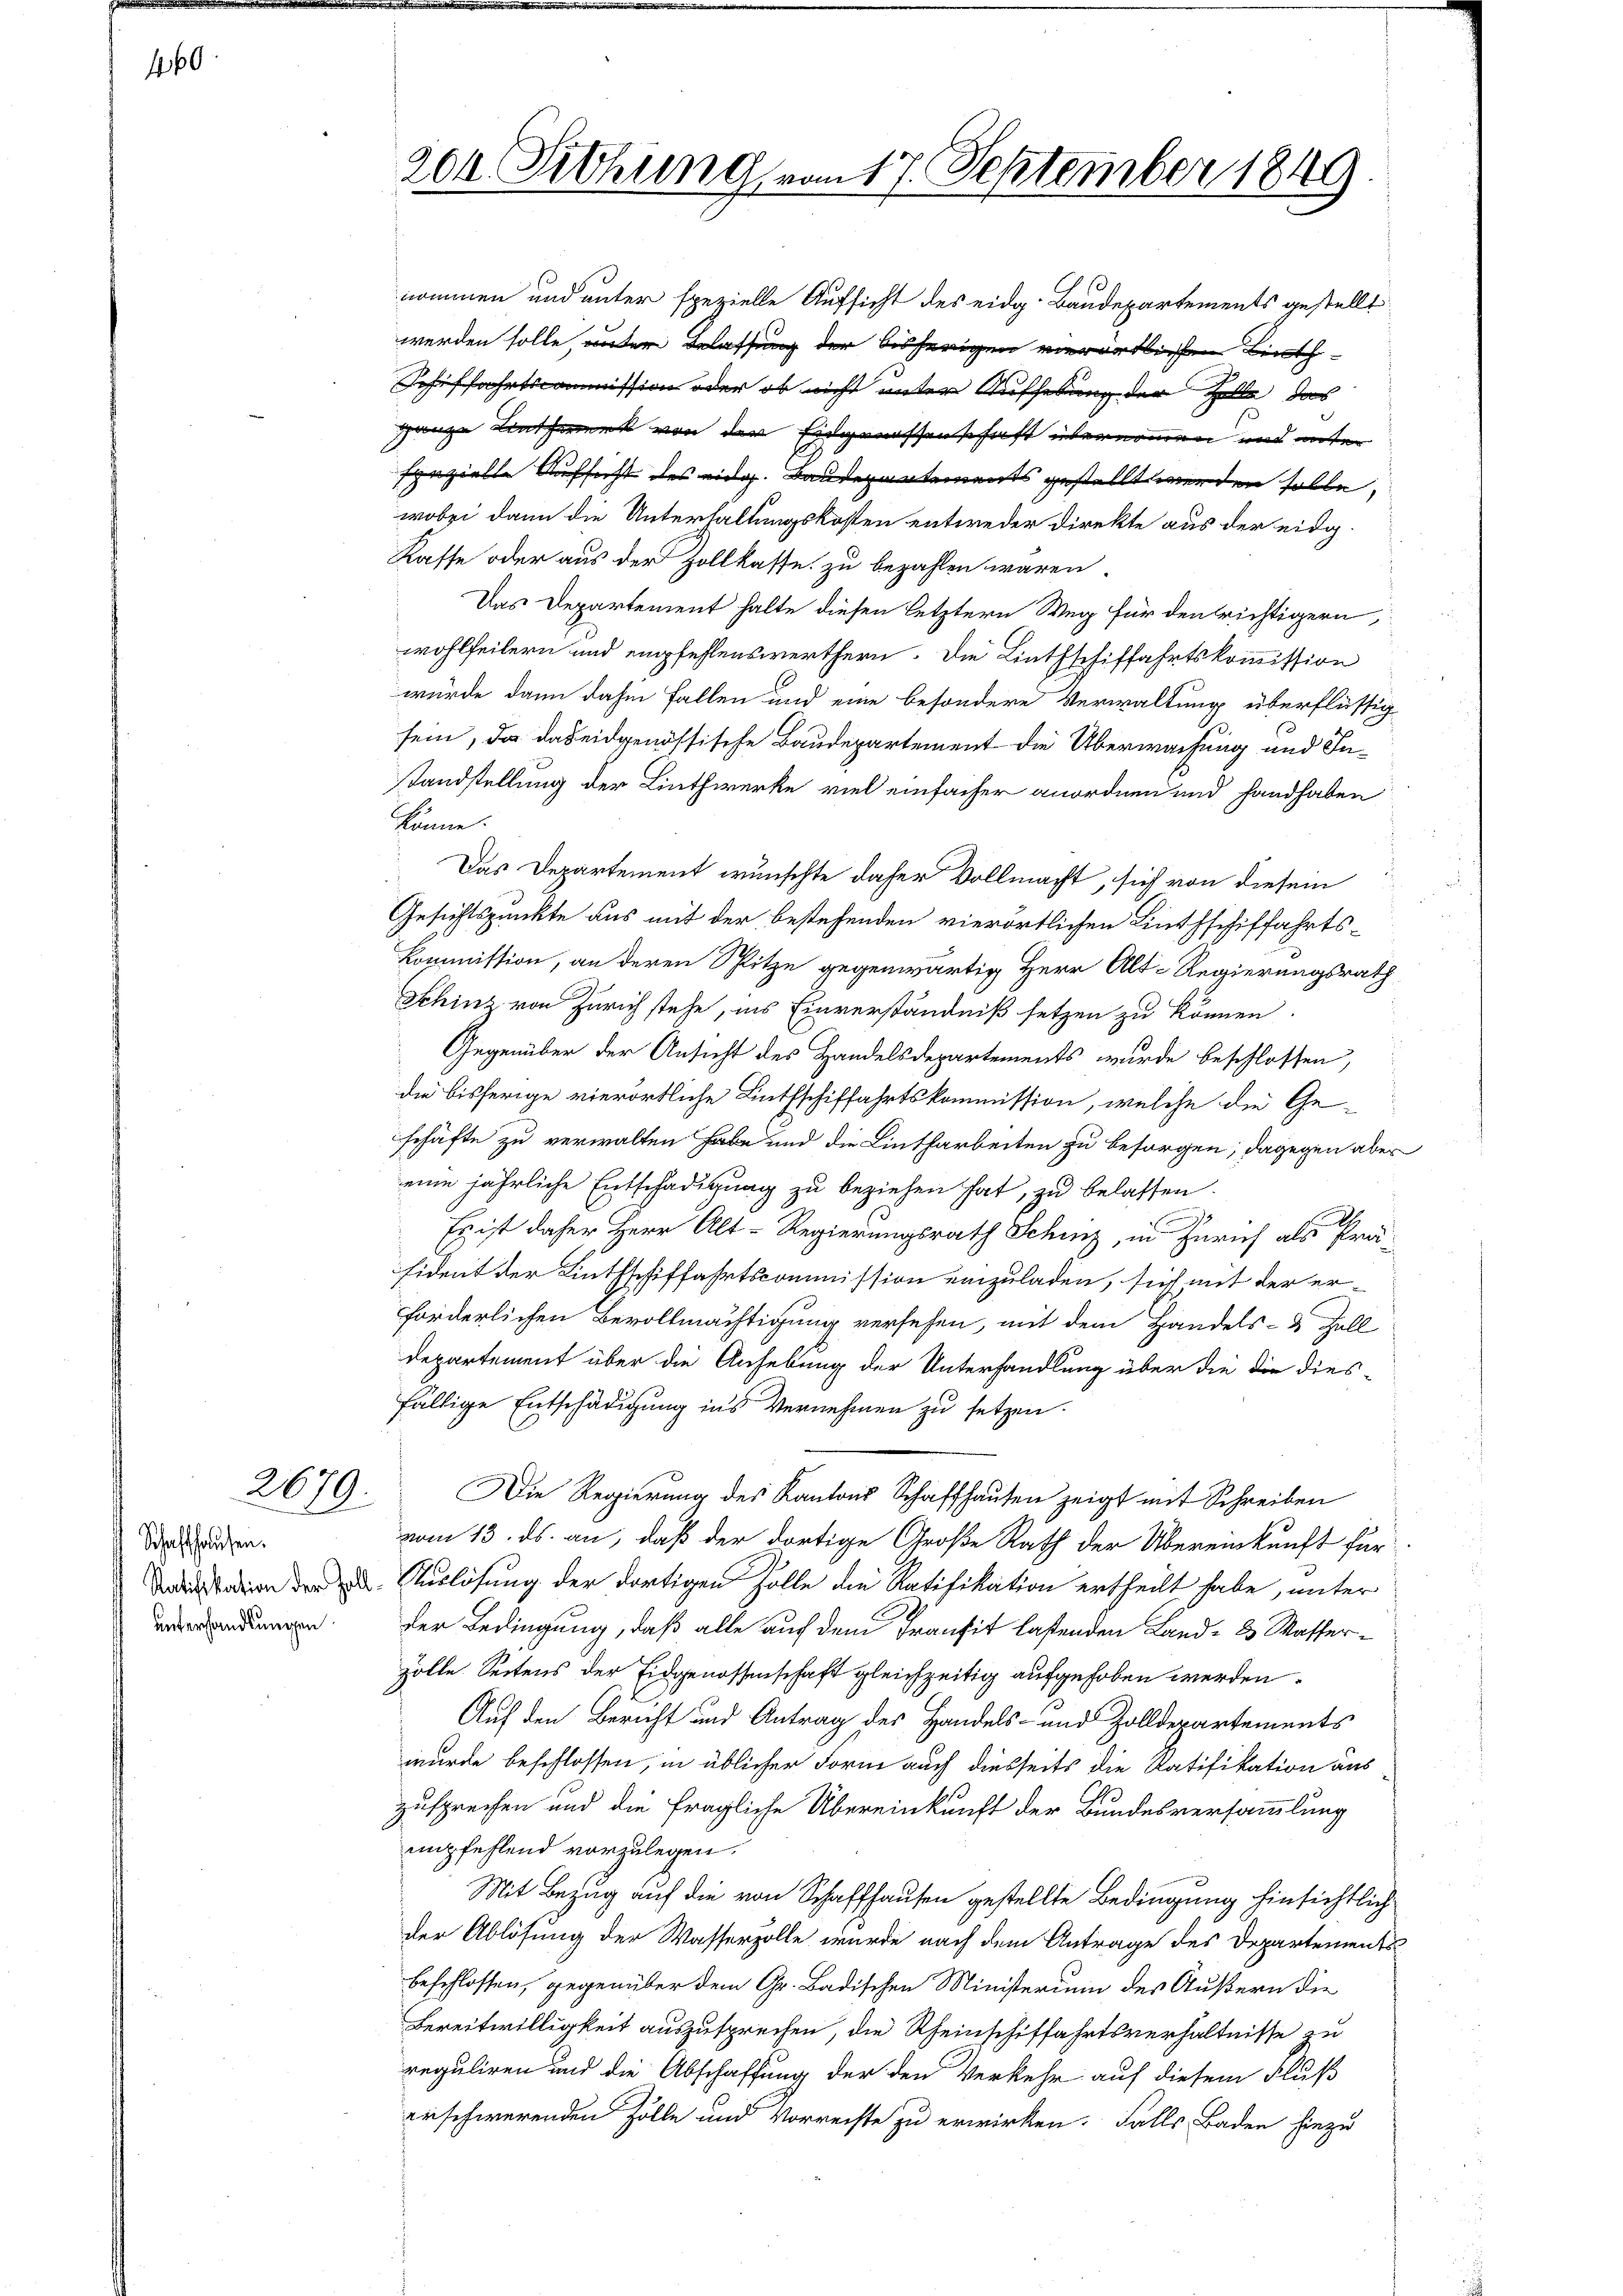
160

2679.

Schaffhausen.
unterhandlungen

204 Drohung vom 17. September 1849

nommen und unter spezielle Aufsicht des eidg. Baudepartements gestellt
werden solle, unter Belassung der bisherigen verörtlichen Linth
Schiffahrtscommission oder ob nicht unter Aufhebung der Zelle das
ganze Antwerk von der Eidgenossenschaft übernommen und unter
spezielte Aufsicht des eidg. Baudepartements gestellt werden solle,
wobei dann die Unterhaltungskosten entweder Direkte aus der eidg.
Kasse oder aus der Zollkasse zu bezahlen wären.
Das Departement halte diesen letztern Weg für den richtigern,
wohlfeilern und empfehlenswerthern. Die Linthschiffahrtskommission
würde dann dahin Fallen und eine besondere Verwaltung überflüssig
sein, da das eidgenössische Baudepartement die Überwachung und Instandstellung der Linthwerke viel einfacher anordnen und fandhaben
könne.
Das Departement wünschte daher Vollmacht, sich von diesem
Gesichtspunkte aus mit der bestehenden vierörtlichen Linthschiffahrts-
Kommission, an deren Spitze gegenwärtig Herr Alt-Regierungsrath
Schinz von Zürich stehe, ins Einverständniß setzen zu können.
Gegenüber der Ansicht des Handelsdepartements wurde beschlossen,
die bisherige vierörtliche Linthschiffahrtskommission, welche die Geschäfte zu verwalten habe und die Lintharbeiten zu besorgen; dagegen aber
eine jährliche Entschädigung zu beziehen hat, zu belassen.

Es ist daher Herr Alt-Regierungsrath Schinz, in Zürich als Präsident der Linthschiffahrtscommission einzuladen, sich mit der erforderlichen Bevollmächtigung versehen, mit dem Handels- & Zoll
Departement über die Anhebung der Unterhandlung über die die dies-
fällige Entschädigung ins Vernehmen zu setzen.
Die Regierung des Kantons Schaffhausen zeigt mit Schreiben
vom 13. ds. an, daß der dortige Große Rath der Übereinkunft für
asadin der Auslösung der dortigen Zolle die Ratifikation ertheilt habe, unter
der Bedingung, daß alle auf dem Transit lastenden Land- & Masserzölle Seitens der Eidgenossenschaft gleichzeitig aufgehoben werden.
Auf den Bericht und Antrag des Handels- und Zolldepartements
wurde beschlossen, in üblicher Form auch diesseits die Ratifikation aus
zusprechen und die fragliche Übereinkunft der Bundesversammlung
mpfehlend vorzulegen.
Mit Bezug auf die von Schaffhausen gestellte Bedingung hinsichtlich
der Ablösung der Wasserzolle wurde nach dem Antrage des Departements
beschlossen, gegenüber dem Gr. Badischen Ministerium des Äußern die
Bereitwilligkeit auszusprechen, die Rheinschiffahrtsverhältnisse zu
reguliren und die Abschaffung der den Verkehr auf diesem Fluß
erschwerenden Zolle und Vorreiste zu erwirken. Falls Baden hiezu